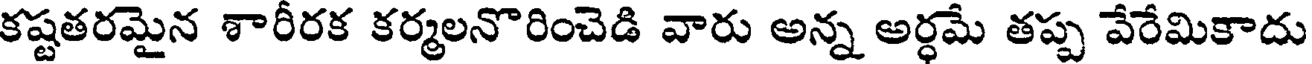
కష్టతరమైన శారీరక కర్మలనొరించెడి వారు అన్న అర్ధమే తప్ప వేరేమికాదు